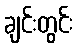
ချင်းတွင်း